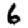
Digit: 6